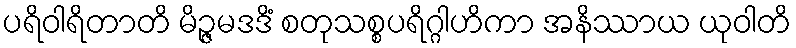
ပရိဝါရိတာတိ မိဉ္ဇမဒဒိံ စတုသစ္စပရိဂ္ဂါဟိကာ အနိဿာယ ယုဝါတိ